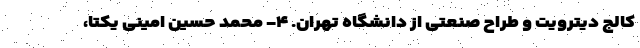
کالج دیترویت و طراح صنعتی از دانشگاه تهران. ۴- محمد حسین امینی یکتا،